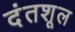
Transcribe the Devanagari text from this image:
दंतशूल